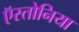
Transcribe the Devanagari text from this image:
ऍस्तोनिया